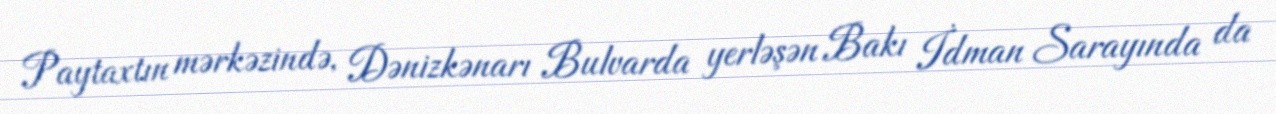
Paytaxtın mərkəzində, Dənizkənarı Bulvarda yerləşən Bakı İdman Sarayında da